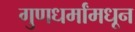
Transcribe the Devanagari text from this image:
गुणधर्मांमधून